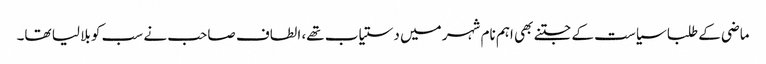
ماضی کے طلبا سیاست کے جتنے بھی اہم نام شہر میں دستیاب تھے، الطاف صاحب نے سب کو بلا لیا تھا۔